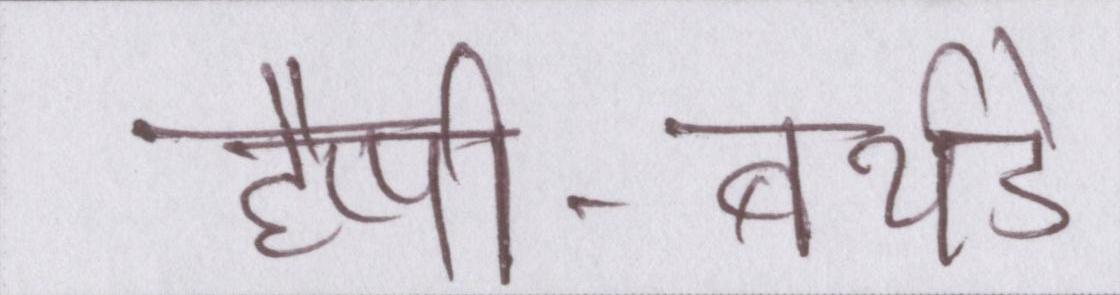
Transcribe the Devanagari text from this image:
हैप्पी-बर्थडे